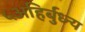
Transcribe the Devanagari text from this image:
५अहिर्बुध्न्य